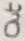
Text: Out